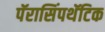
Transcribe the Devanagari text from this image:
पॅरासिंपथॅटिक